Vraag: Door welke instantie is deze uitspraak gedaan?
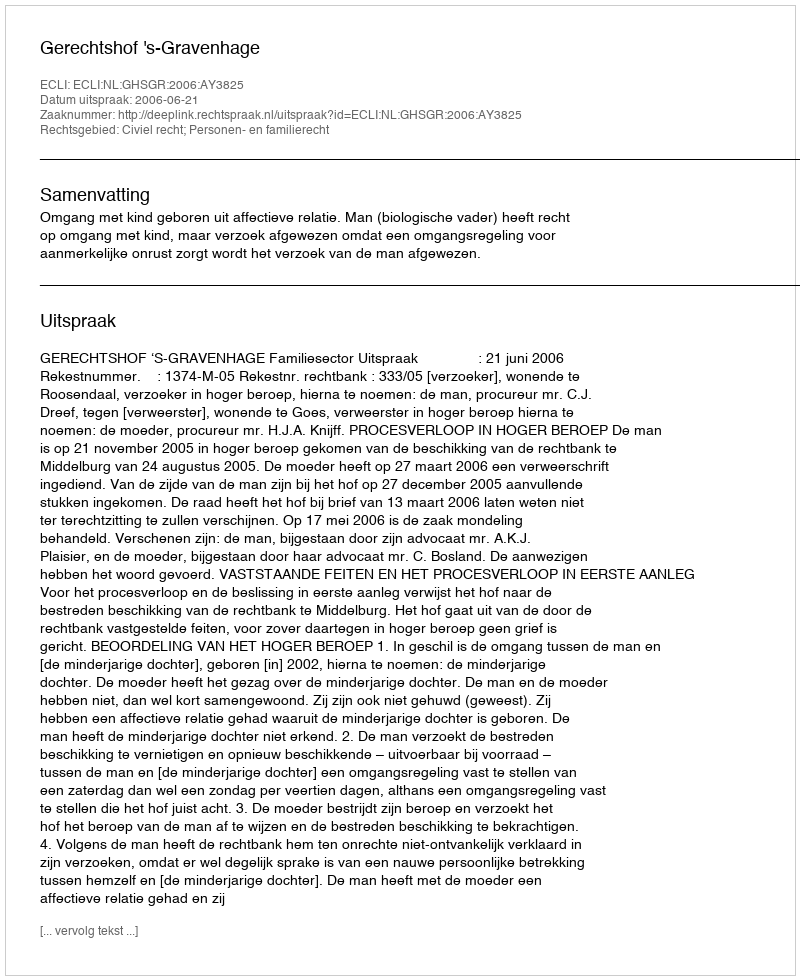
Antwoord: Gerechtshof 's-Gravenhage